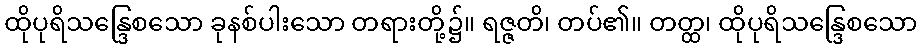
ထိုပုရိသန္ဒြေစသော ခုနစ်ပါးသော တရားတို့၌။ ရဇ္ဇတိ၊ တပ်၏။ တတ္ထ၊ ထိုပုရိသန္ဒြေစသော